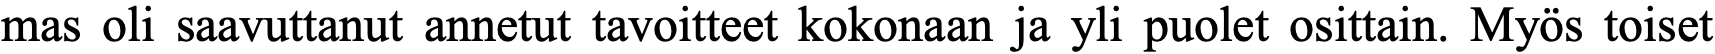
mas oli saavuttanut annetut tavoitteet kokonaan ja yli puolet osittain. Myös toiset